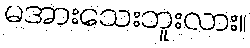
မအားသေးဘူးလား။